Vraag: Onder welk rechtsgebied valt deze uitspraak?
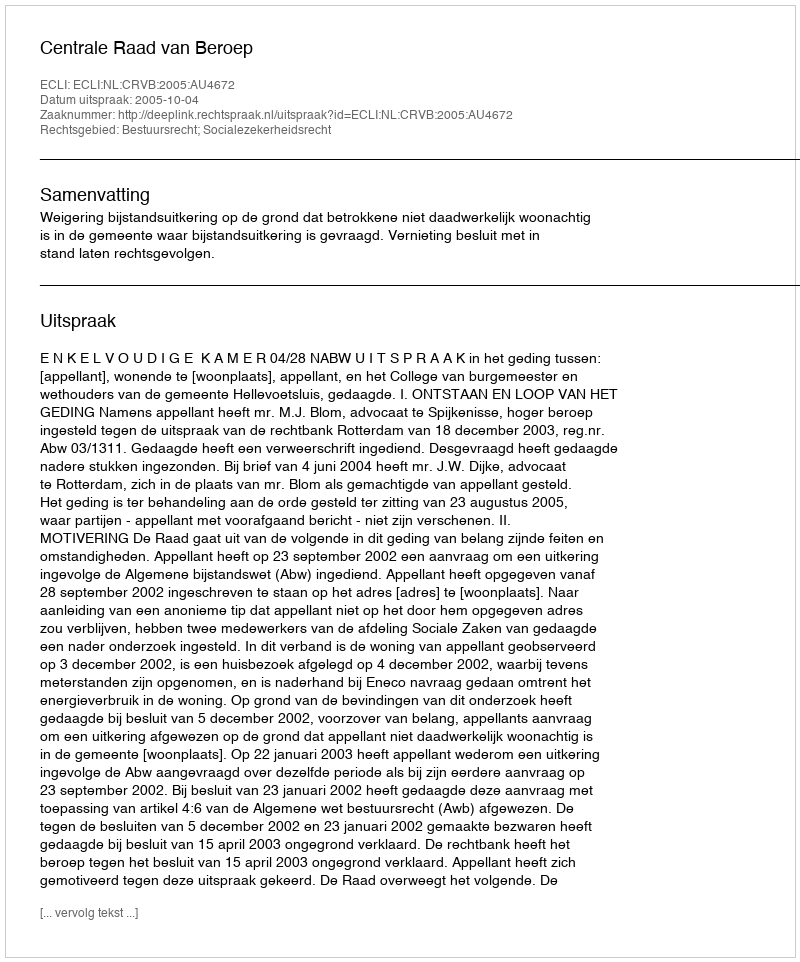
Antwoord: Bestuursrecht; Socialezekerheidsrecht